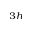
_ { 3 h }